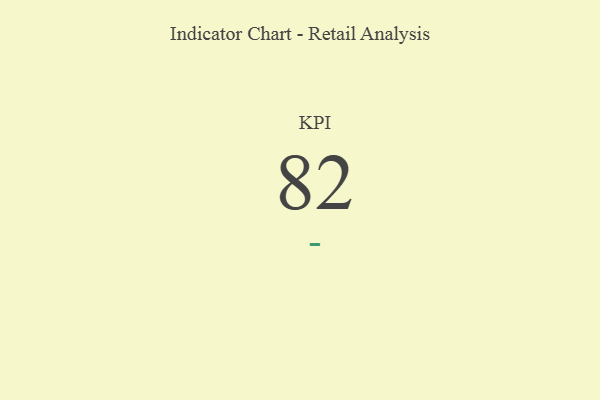
{"axis": {"x": "KPI", "y": "Value"}, "legend": [""], "data": [{"x": "KPI", "y": 82, "type": ""}]}